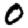
Digit: 0